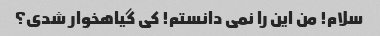
سلام! من این را نمی دانستم! کی گیاهخوار شدی؟